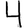
Digit: 4